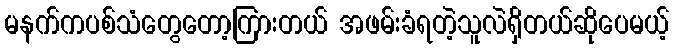
မနက်ကပစ်သံတွေတော့ကြားတယ် အဖမ်းခံရတဲ့သူလဲရှိတယ်ဆိုပေမယ့်